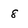
Character: 8